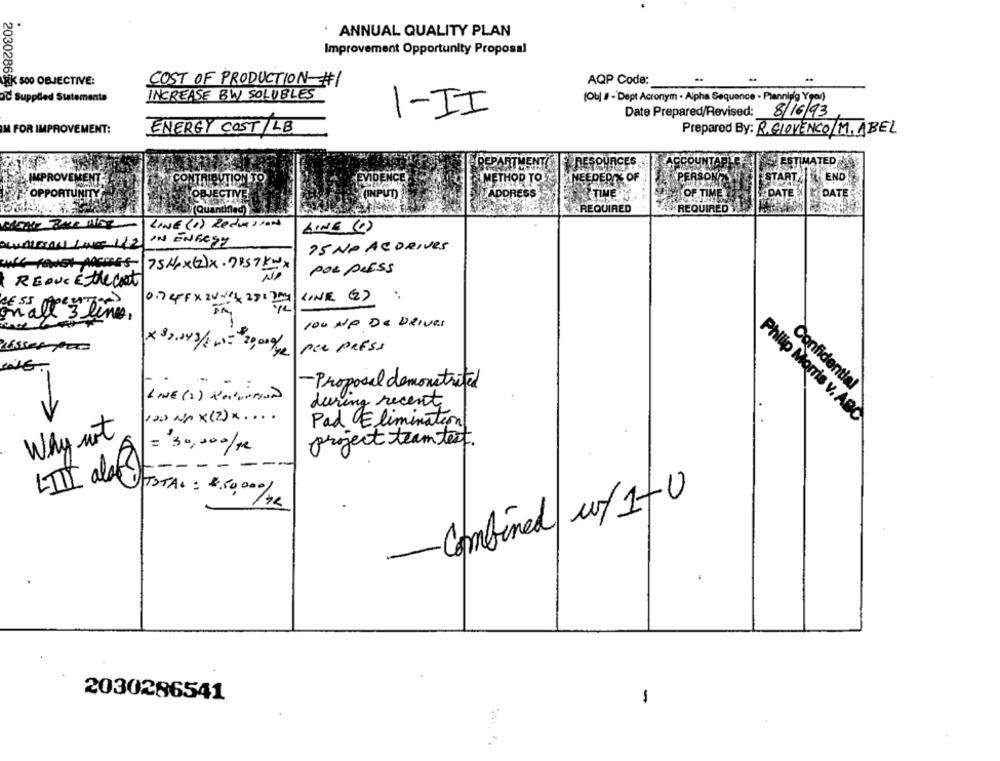
ANNUAL QUALITY PLAN
Improvement Opportunity Proposal
REK 500 OBJECTIVE:
COST OF PRODUCTION-#/
AQP Code:
203028623 1
INCREASE BWY SOLUBLES
(Ob] # - Dept Acronym . Alpha Sequence .
I-II
Date Prepared/Revised:
8/16/93
M FOR IMPROVEMENT:
Prepared By: R. GIOVENCO / M. ABEL
ENERGY COST /LB
ESTIMATED
PARTMENT
ACES
IMPROVEMENT
CONTRIBUTION TO
METHOR TO
NEEDED Y OF
PERSON
START
END
OPPORTUNITY
OBJECTIVE
KOINPUT
ADDRESS
TIME
OF TI
DATE
(Quantified)}
REQUIRED
REQU
LINE (1) Reduction
LINE (C)
Exas LINE 112
IN ENERGY
25 NO ACDRIVES
POR PLESS
REDUCEThe Cost
LINE (2) :
0.7 4FFx20x 28:3 0
on all 3 lines,
100 NO DE DRIVES
LESser P ===
per press
- Proposal demonstrated
Confidential
LINE ( 1 ) Mentioned
during recent
120 No x (2) x ....
Philip Morris v. ABC
Pad Elimination
Why not
project team test.
= 30,000/pe
--
- - - -
LIII alafi)
TOTAL: $50,000/12
-Combined w/1-0
.
2030286541
-